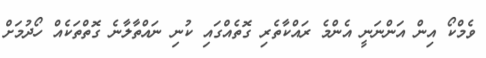
ވެމްކޯ އިން އަންނަނީ އެންމެ ރައްކާތެރި ގޮތެއްގައި ކުނި ނައްތާލާނެ ގޮތްތަކެއް ހޯދުމަށް